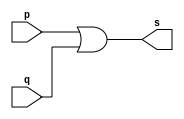
//----------------------
//Extra02 - circ
//Nome:Wender Zacarias Xavier
//Matrcula:427472
//----------------------

//----------------------
//--or gate
//----------------------

module orgate (output s, input p, input q);
 assign s = p|q;	//criar vinculo permanente
        		   	//(dependencia)
endmodule // orgate


//----------------------
//--Circuito
//----------------------
module circ;
//----------------------dados locais
  reg a,b,c,d,e,f,g,h;    //definir registrador
  				//(variavel independente)
  wire s;	// definir conexao(fio)
   			//(variavel dependente)
//---------------------- instancia
    orgate OR1(s1,a,b);
	 orgate OR2(s2,c,d);
	 orgate OR3(s3,e,f);
	 orgate OR4(s4,g,h);
	 orgate OR5(s5,s1,s2);
	 orgate OR6(s6,s3,s4);
	 orgate OR7(s,s5,s6);
  
//---------------------- preparacao
 initial begin:start
  a=0; b=0; c=0; d=0; e=0; f=0; g=0; h=0;
 end
//---------------------- parte principal
 initial begin
   $display("Extra02 - Wender Zacarias Xavier - 427472");
	$display("Test Circuito");
	$display("\na b c d e f g h = s\n");
	$monitor("%b %b %b %b %b %b %b %b = %b",a,b,c,d,e,f,g,h,s);
#1 a=0; b=0; c=0; d=0; e=0; f=0; g=0; h=0;
#1 a=0; b=0; c=0; d=0; e=0; f=0; g=0; h=1;
#1 a=0; b=0; c=0; d=0; e=0; f=0; g=1; h=0;
#1 a=0; b=0; c=0; d=0; e=0; f=1; g=0; h=0;
#1 a=0; b=0; c=0; d=0; e=1; f=0; g=0; h=0;
#1 a=0; b=0; c=0; d=1; e=0; f=0; g=0; h=0;
#1 a=0; b=0; c=1; d=0; e=0; f=0; g=0; h=0;
#1 a=0; b=1; c=0; d=0; e=0; f=0; g=0; h=0;
#1 a=1; b=0; c=0; d=0; e=0; f=0; g=0; h=0;
		end

endmodule //circ


/** Resultados obtidos
   Test Circuito
    
    a b c d e f g h = s
    
    0 0 0 0 0 0 0 0 = 0
    0 0 0 0 0 0 0 1 = 1
    0 0 0 0 0 0 1 0 = 1
    0 0 0 0 0 1 0 0 = 1
    0 0 0 0 1 0 0 0 = 1
    0 0 0 1 0 0 0 0 = 1
    0 0 1 0 0 0 0 0 = 1
    0 1 0 0 0 0 0 0 = 1
    1 0 0 0 0 0 0 0 = 1
    
    						  
   **/